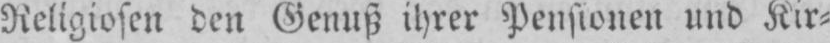
Religiosen den Genuß ihrer Pensionen und Kir⸗